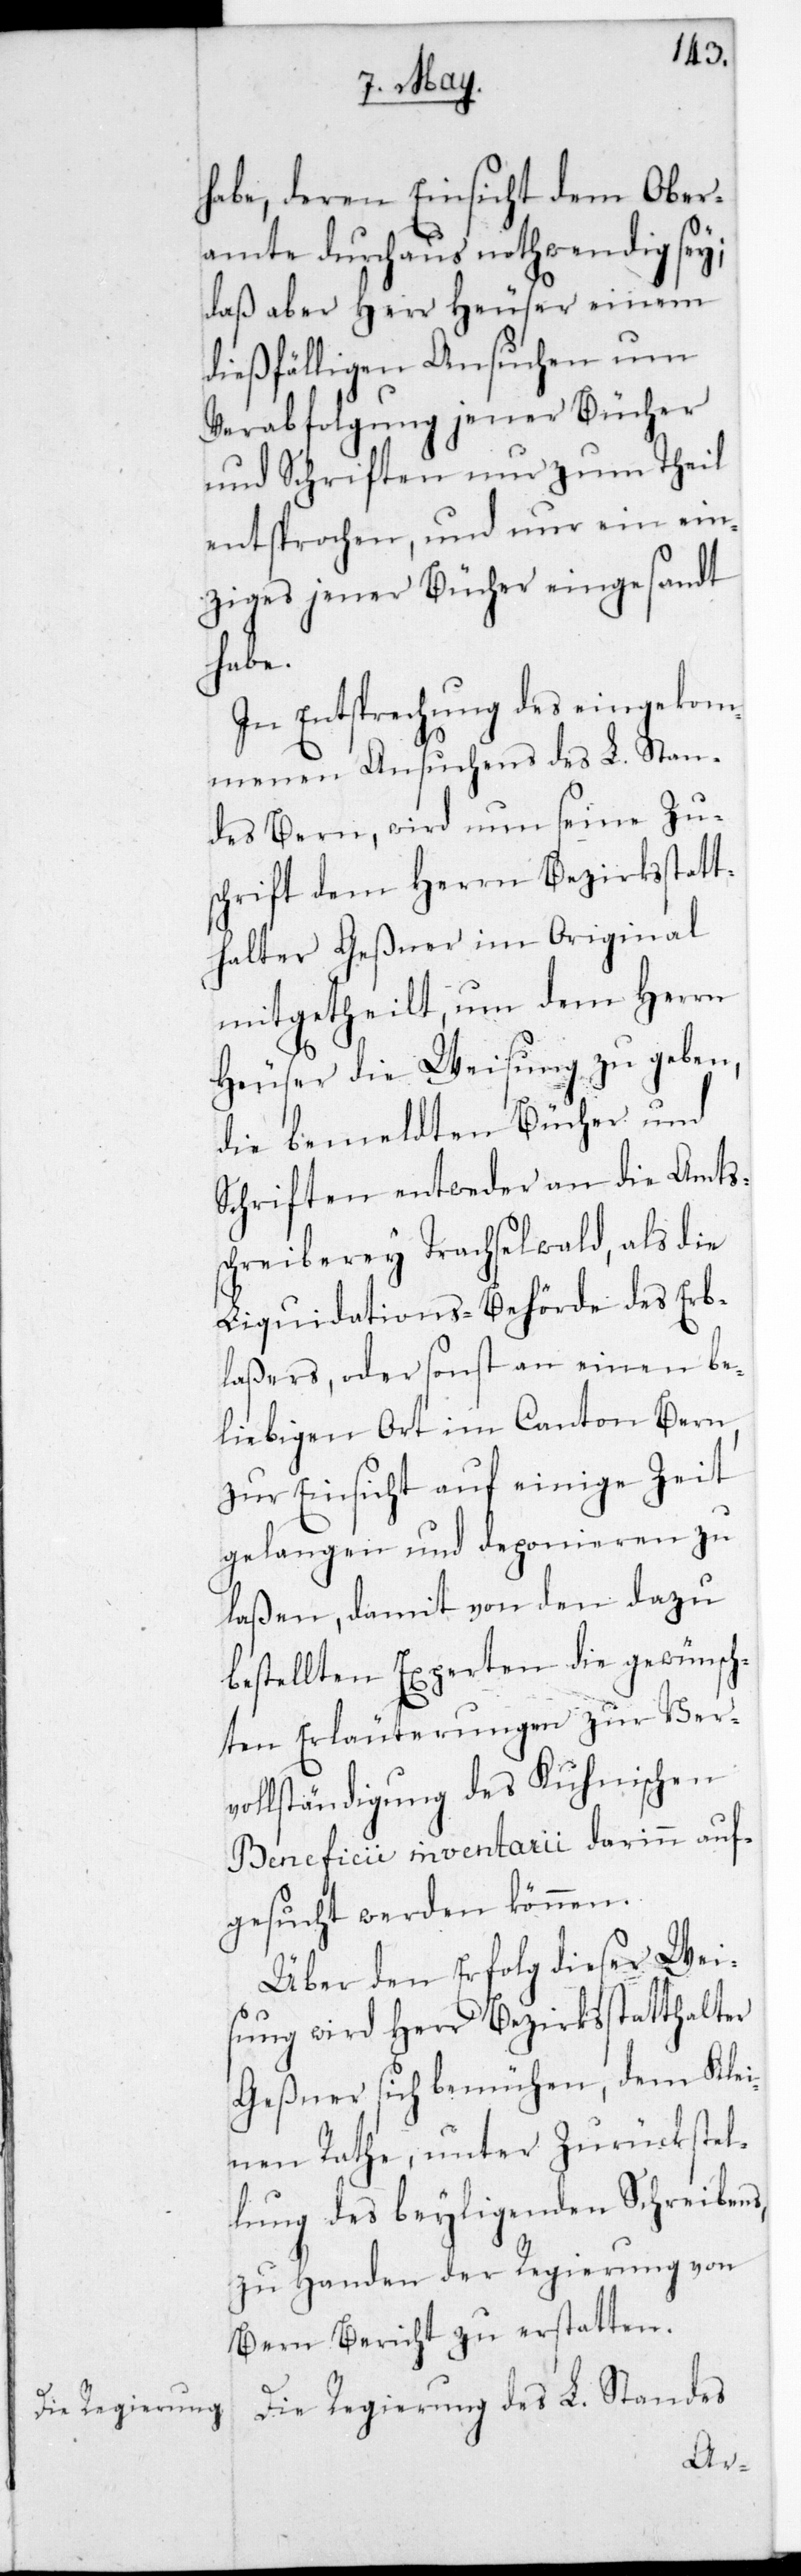
habe, deren Einsicht dem Ober¬
amte durchaus nothwendig sei;
daß aber Herr Heüser einem
dießfälligen Ansuchen um
Verabfolgung jener Bücher
und Schriften nur zum Theil
entsprochen, und nur ein ein¬
ziges jener Bücher eingesandt
habe.
In Entsprechung des eingekom¬
menen Ansuchens des L. Stan¬
des Bern, wird nun seine Zu¬
schrift dem Herrn Bezirksstatt¬
halter Geßner im Original
mitgetheilt, um dem Herrn
Heüser die Weisung zu geben,
die bemeldten Bücher und
Schriften entweder an die Amts¬
schreiberei Trachselwald, als die
Liquidationsbehörde des Erb¬
laßers, oder sonst an einen be¬
liebigen Ort im Canton Bern,
zur Einsicht auf einige Zeit
gelangen und deponieren zu
laßen, damit von den dazu
bestellten Experten die gewünsch¬
ten Erläuterungen zur Ver¬
vollständigung des Kuhnischen
Beneficii inventarii darinn auf¬
gesucht werden können.
Über den Erfolg dieser Wei¬
sung wird Herr Bezirksstatthalter
Geßner sich bemühen, dem Kle¬
inen Rathe, unter Zurückstel¬
lung des beyligenden Schreibens,
zu Handen der Regierung von
Bern Bericht zu erstatten.
Die Regierung des L. Standes